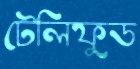
টেলিফুড